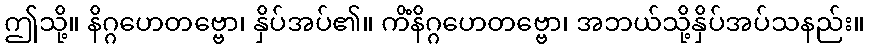
ဤသို့။ နိဂ္ဂဟေတဗ္ဗော၊ နှိပ်အပ်၏။ ကိံနိဂ္ဂဟေတဗ္ဗော၊ အဘယ်သို့နှိပ်အပ်သနည်း။